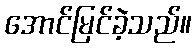
အောင်မြင်ခဲ့သည်။